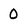
Character: 0